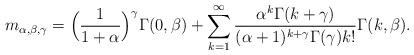
LaTeX: \begin{align*} m_{\alpha,\beta,\gamma}=\Big (\frac{1}{1+\alpha} \Big)^{\gamma} \Gamma(0, \beta)+\sum_{k=1}^{\infty} \frac{\alpha^{k}\Gamma(k+\gamma)}{(\alpha+1)^{k+\gamma}\Gamma (\gamma)k!} \Gamma(k, \beta). \end{align*}